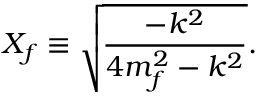
X _ { f } \equiv \sqrt { \frac { - k ^ { 2 } } { 4 m _ { f } ^ { 2 } - k ^ { 2 } } } .